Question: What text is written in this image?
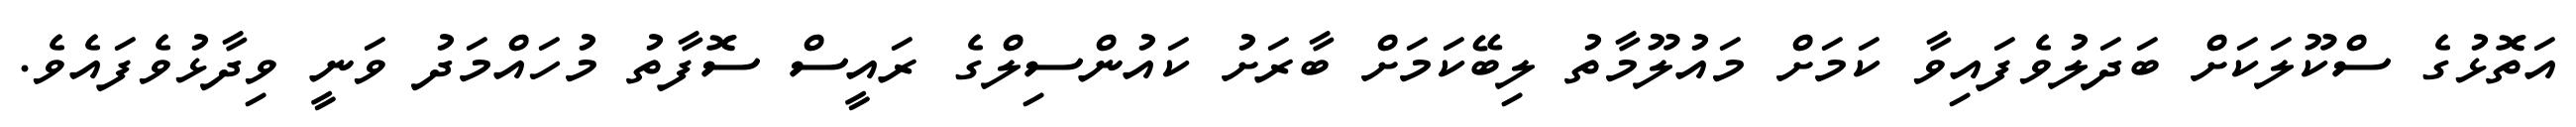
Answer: އަތޮޅުގެ ސްކޫލަކަށް ބަދަލުވެފައިވާ ކަމަށް މައުލޫމާތު ލިބޭކަމަށް ބާރަށު ކައުންސިލްގެ ރައީސް ސޮފާތު މުހައްމަދު ވަނީ ވިދާޅުވެފައެވެ.